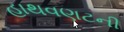
હાથવણટની